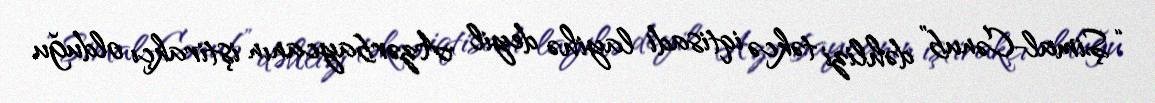
“Şimal-Cənub” dəhlizi təkcə iqtisadi layihə deyil Azərbaycanın iştirakçı olduğu